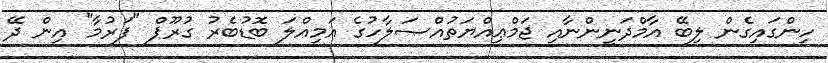
ހިންގައިގެން ލިބޭ އާމްދަނީންނާއި ޖަމްޢިއްޔަތުއްޞަލާހުގެ އަމިއްލަ ބޮޑުބެރު ގުރޫޕް "ފަރުމާ" އިން ދޭ